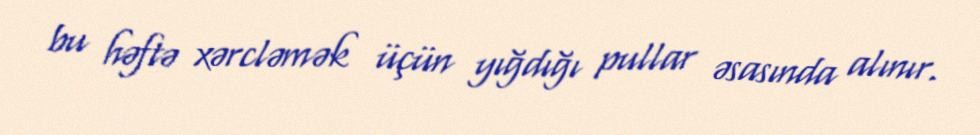
bu həftə xərcləmək üçün yığdığı pullar əsasında alınır.